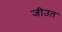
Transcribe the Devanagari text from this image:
जीउत